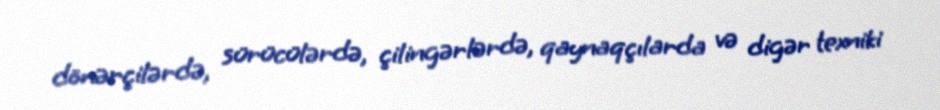
dönərçilərdə, sürücülərdə, çilingərlərdə, qaynaqçılarda və digər texniki